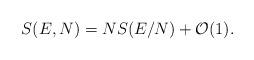
LaTeX: \begin{align*}S(E,N)=NS(E/N)+\mathcal{O}(1).\end{align*}